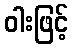
ဝါးဖြင့်